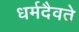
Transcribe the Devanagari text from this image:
धर्मदैवते